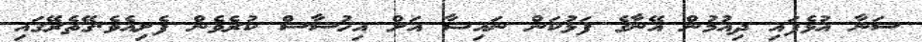
ސަނާ އުޅެފައި ދިއުމުން އޭނާގެ ފަޅުކަން ނައިޝާ އަށް އިހުސާސް ކުރެވެން ފެށިއެވެ.ގޭތެރޭގައި